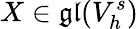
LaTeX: X\in\mathfrak{gl}(V_{h}^{s})